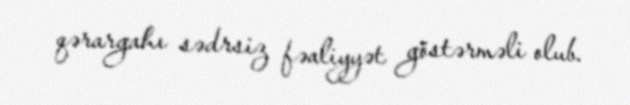
qərargahı sədrsiz fəaliyyət göstərməli olub.